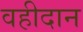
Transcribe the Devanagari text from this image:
वहीदान